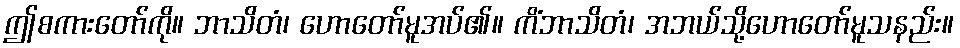
ဤစကားတော်ကို။ ဘာသိတံ၊ ဟောတော်မူအပ်၏။ ကိံဘာသိတံ၊ အဘယ်သို့ဟောတော်မူသနည်း။